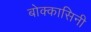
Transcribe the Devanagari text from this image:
बोक्कासिनी